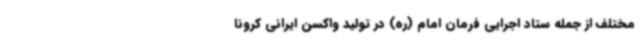
مختلف از جمله ستاد اجرایی فرمان امام (ره) در تولید واکسن ایرانی کرونا